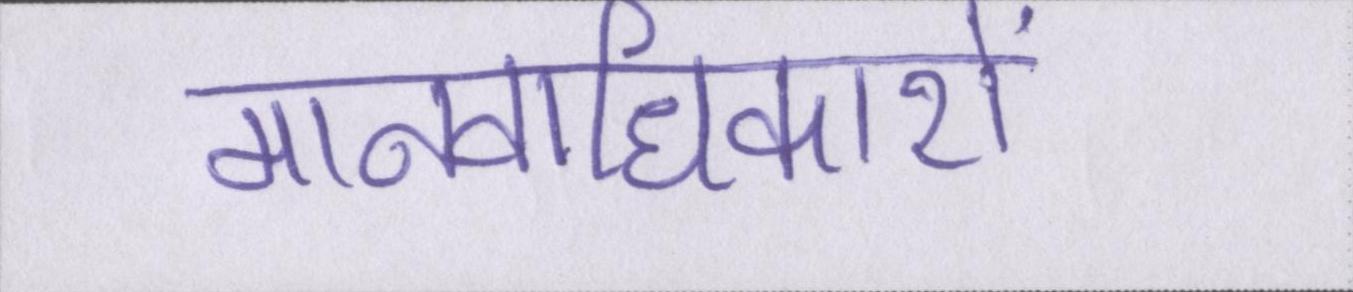
मानवाधिकारों